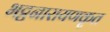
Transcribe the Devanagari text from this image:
भट्टनारायणकृत